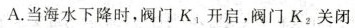
A.当海水下降时，阀门K_{1}开启，阀门K_{2}关闭